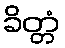
ခိတ္တံ